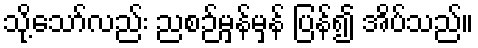
သို့သော်လည်း ညစဉ်မှန်မှန် ပြန်၍ အိပ်သည်။